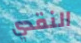
النقدي